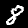
Label: 8